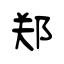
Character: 郑